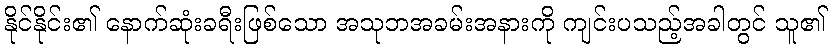
နိုင်နိုင်း၏ နောက်ဆုံးခရီးဖြစ်သော အသုဘအခမ်းအနားကို ကျင်းပသည့်အခါတွင် သူ၏